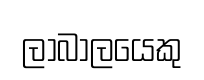
ලාබාලයෙකු